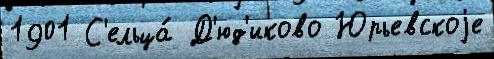
1901 С'ельца́ Д'юд'иково Юрьевскоjе